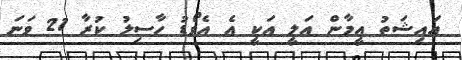
އައިޝަތު އީމާން އަލީ އަކީ އެ އެވޯޑު ހާސިލު ކުރާ 21 ވަނަ